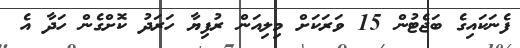
ފެނަކައިގެ ބަޖެޓުން 15 ވަރަކަށް މިލިއަން ރުފިޔާ ހަރަދު ކޮށްގެން ހަދާ އެ